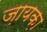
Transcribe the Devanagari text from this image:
ज़ायक़ा